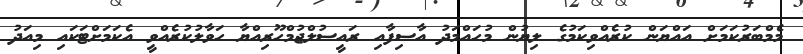
މެމްބަރުކަމަށް އައްޔަން ކުރެއްވިކަމުގެ ލިޔުން މުހައްމަދު އާސިފާއި ރައީސުލްޖުމްހޫރިއްޔާ ހަވާލުކުރެއްވީ އެކަމަށްޓަކައި މިއަދު